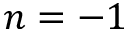
n = - 1